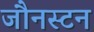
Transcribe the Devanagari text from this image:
जौनस्टन